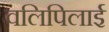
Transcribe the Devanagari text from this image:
वलिपिलाई